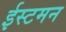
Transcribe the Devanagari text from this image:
ईस्टमन